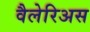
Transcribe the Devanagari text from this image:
वैलेरिअस